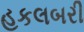
હકલબરી